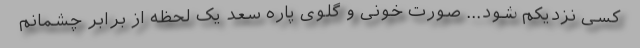
کسی نزدیکم شود... صورت خونی و گلوی پاره سعد یک لحظه از برابر چشمانم